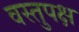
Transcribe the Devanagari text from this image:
वस्तुपक्ष